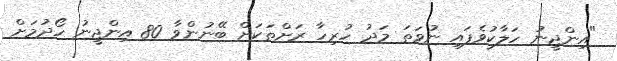
"އިންޖީނު ހަލާކުވެފައި ނުވަތަ މަދު ހުރިހާ ރަށްތަކަށް ބޭނުންވާ 80 އިންޖީނު ހޯދުމަށް